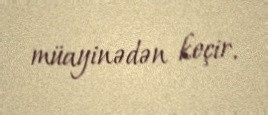
müayinədən keçir.